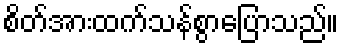
စိတ်အားထက်သန်စွာပြောသည်။